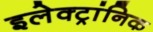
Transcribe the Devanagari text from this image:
इलेक्ट्रांनिक